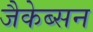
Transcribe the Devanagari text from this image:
जैकेब्सन